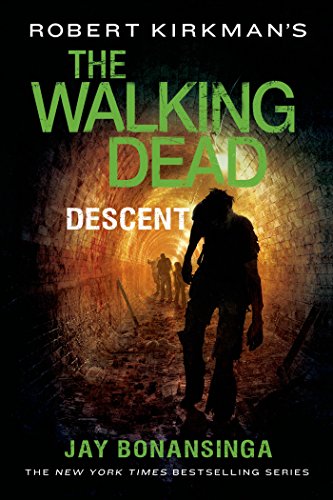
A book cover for Robert Kirkman's The Walking Dead: Descent (The Walking Dead Series); Jay Bonansinga; Mystery, Thriller & Suspense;